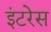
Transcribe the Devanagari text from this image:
इंटरेस